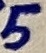
Text: 5